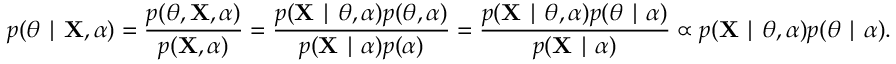
p ( \theta \mid \mathbf { X } , \alpha ) = { \frac { p ( \theta , \mathbf { X } , \alpha ) } { p ( \mathbf { X } , \alpha ) } } = { \frac { p ( \mathbf { X } \mid \theta , \alpha ) p ( \theta , \alpha ) } { p ( \mathbf { X } \mid \alpha ) p ( \alpha ) } } = { \frac { p ( \mathbf { X } \mid \theta , \alpha ) p ( \theta \mid \alpha ) } { p ( \mathbf { X } \mid \alpha ) } } \propto p ( \mathbf { X } \mid \theta , \alpha ) p ( \theta \mid \alpha ) .